Civil Veterinary Dept. North-West Frontier Province 1901-22 - 1901-1922
Year: 1901
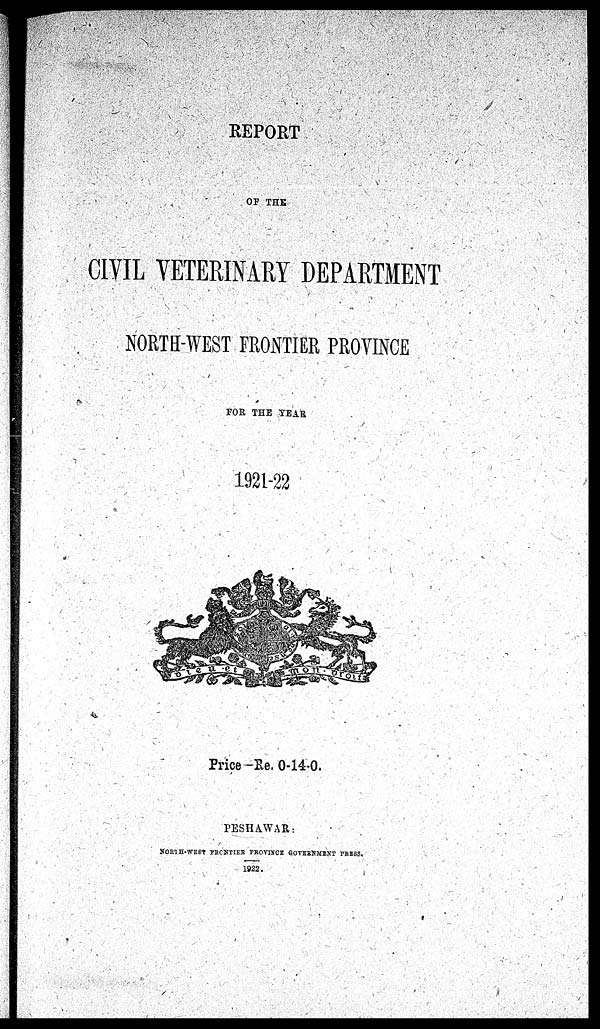
REPORT
OF THE
CIVIL VETERINARY DEPARTMENT
NORTH-WEST FRONTIER PROVINCE
FOR THE YEAR
1921-22
Price-Re. 0-14-0.
PESHAWAR:
NORTH-WEST PRCNTIER PROVINCE GOVERNMENT PRESS.
1922.